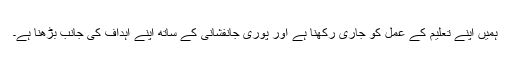
ہمیں اپنے تعلیم کے عمل کو جاری رکھنا ہے اور پوری جانفشانی کے ساتھ اپنے اہداف کی جانب بڑھنا ہے۔